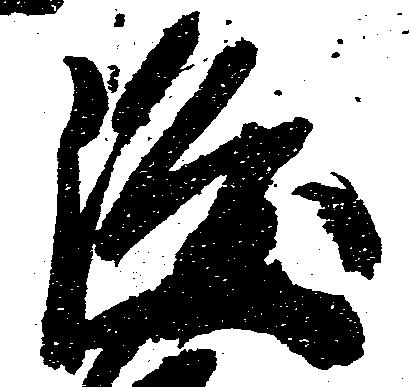
隆